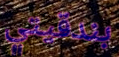
بندقيتي